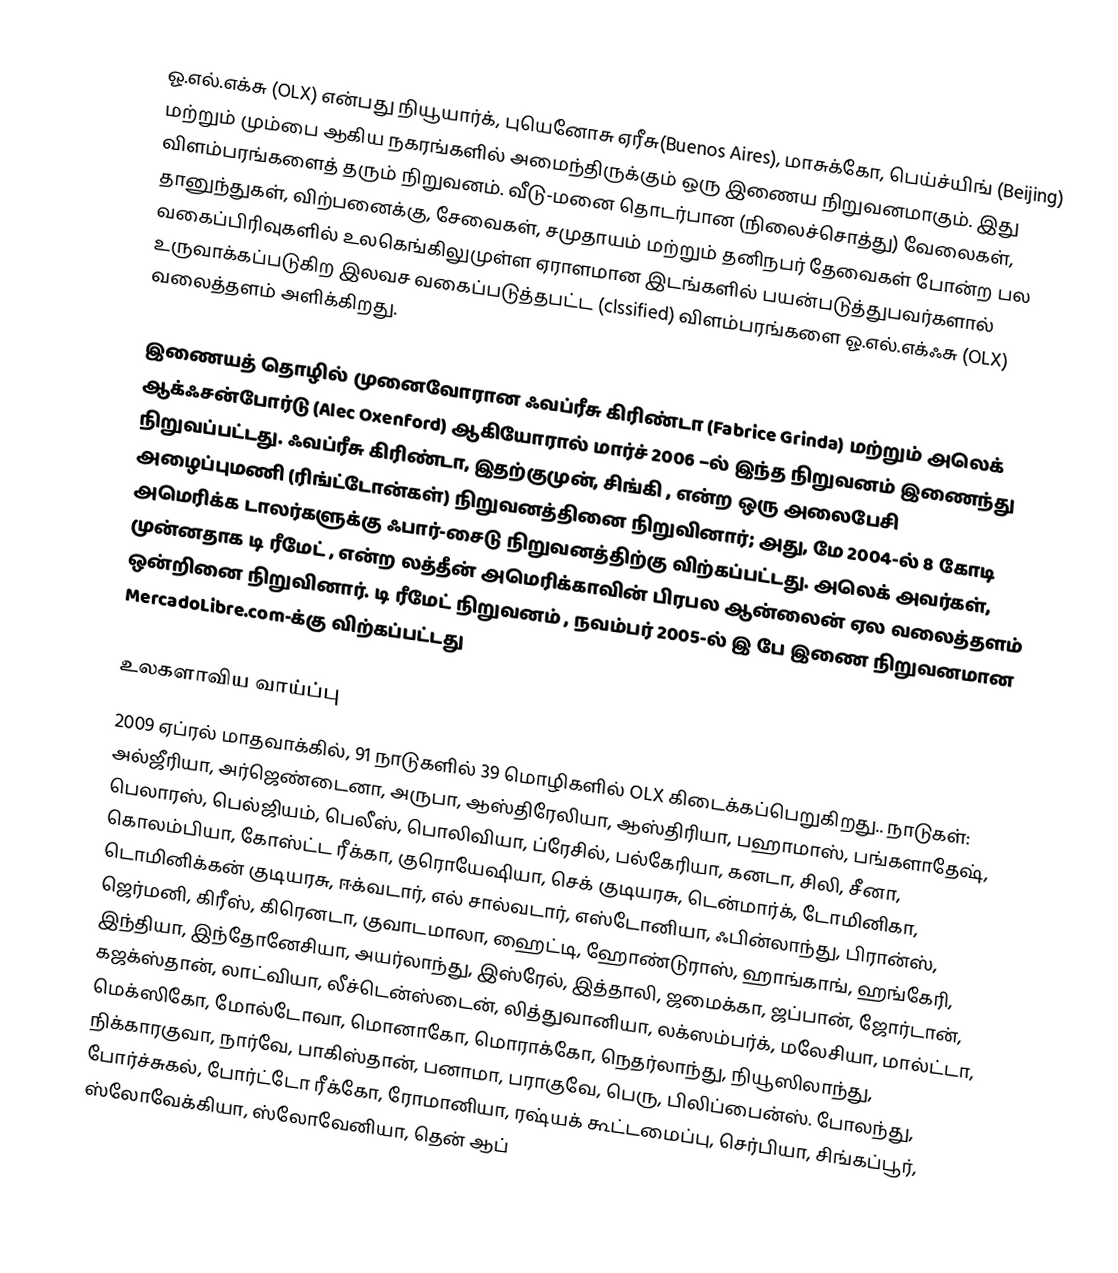
ஓ.எல்.எக்சு (OLX) என்பது     நியூயார்க், புயெனோசு ஏரீசு(Buenos Aires), மாசுக்கோ, பெய்ச்யிங் (Beijing) மற்றும் மும்பை ஆகிய நகரங்களில்  அமைந்திருக்கும் ஒரு இணைய நிறுவனமாகும்.   இது விளம்பரங்களைத் தரும் நிறுவனம். வீடு-மனை தொடர்பான (நிலைச்சொத்து) வேலைகள், தானுந்துகள், விற்பனைக்கு, சேவைகள், சமுதாயம் மற்றும் தனிநபர் தேவைகள் போன்ற பல வகைப்பிரிவுகளில் உலகெங்கிலுமுள்ள ஏராளமான இடங்களில் பயன்படுத்துபவர்களால் உருவாக்கப்படுகிற  இலவச வகைப்படுத்தபட்ட (clssified)  விளம்பரங்களை  ஓ.எல்.எக்ஃசு (OLX) வலைத்தளம்  அளிக்கிறது.

இணையத் தொழில் முனைவோரான ஃவப்ரீசு கிரிண்டா (Fabrice Grinda) மற்றும் அலெக் ஆக்ஃசன்போர்டு (Alec Oxenford) ஆகியோரால் மார்ச்  2006 –ல் இந்த நிறுவனம் இணைந்து நிறுவப்பட்டது.    ஃவப்ரீசு கிரிண்டா, இதற்குமுன், சிங்கி , என்ற ஒரு அலைபேசி அழைப்புமணி (ரிங்ட்டோன்கள்) நிறுவனத்தினை நிறுவினார்;  அது, மே 2004-ல் 8 கோடி அமெரிக்க டாலர்களுக்கு ஃபார்-சைடு நிறுவனத்திற்கு விற்கப்பட்டது. அலெக் அவர்கள், முன்னதாக  டி ரீமேட் , என்ற லத்தீன் அமெரிக்காவின்   பிரபல ஆன்லைன் ஏல வலைத்தளம் ஒன்றினை நிறுவினார்.  டி ரீமேட் நிறுவனம் , நவம்பர் 2005-ல் இ பே இணை நிறுவனமான  MercadoLibre.com-க்கு விற்கப்பட்டது

உலகளாவிய வாய்ப்பு
2009 ஏப்ரல் மாதவாக்கில், 91 நாடுகளில்  39 மொழிகளில் OLX கிடைக்கப்பெறுகிறது.. நாடுகள்: அல்ஜீரியா, அர்ஜெண்டைனா, அருபா, ஆஸ்திரேலியா, ஆஸ்திரியா, பஹாமாஸ், பங்களாதேஷ், பெலாரஸ், பெல்ஜியம், பெலீஸ், பொலிவியா, ப்ரேசில், பல்கேரியா, கனடா, சிலி, சீனா, கொலம்பியா, கோஸ்ட்ட ரீக்கா, குரொயேஷியா, செக் குடியரசு, டென்மார்க், டோமினிகா, டொமினிக்கன் குடியரசு, ஈக்வடார், எல் சால்வடார், எஸ்டோனியா, ஃபின்லாந்து, பிரான்ஸ், ஜெர்மனி, கிரீஸ், கிரெனடா, குவாடமாலா, ஹைட்டி, ஹோண்டுராஸ், ஹாங்காங், ஹங்கேரி, இந்தியா, இந்தோனேசியா, அயர்லாந்து, இஸ்ரேல், இத்தாலி, ஜமைக்கா, ஜப்பான், ஜோர்டான், கஜக்ஸ்தான், லாட்வியா, லீச்டென்ஸ்டைன், லித்துவானியா, லக்ஸம்பர்க், மலேசியா, மால்ட்டா, மெக்ஸிகோ, மோல்டோவா, மொனாகோ, மொராக்கோ, நெதர்லாந்து, நியூஸிலாந்து, நிக்காரகுவா, நார்வே, பாகிஸ்தான், பனாமா, பராகுவே, பெரு, பிலிப்பைன்ஸ். போலந்து, போர்ச்சுகல், போர்ட்டோ ரீக்கோ, ரோமானியா, ரஷ்யக் கூட்டமைப்பு, செர்பியா, சிங்கப்பூர், ஸ்லோவேக்கியா, ஸ்லோவேனியா, தென் ஆப்